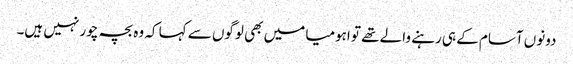
دونوں آسام کے ہی رہنے والے تھے تو اہومیا میں بھی لوگوں سے کہا کہ وہ بچہ چور نہیں ہیں۔